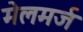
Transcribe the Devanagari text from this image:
मेलमर्ज